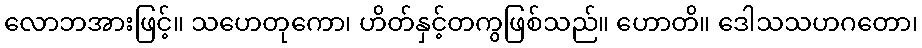
လောဘအားဖြင့်။ သဟေတုကော၊ ဟိတ်နှင့်တကွဖြစ်သည်။ ဟောတိ။ ဒေါသသဟဂတော၊